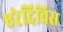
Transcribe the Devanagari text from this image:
एरेदिविस